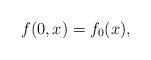
LaTeX: \begin{align*} f(0,x)=f_0 (x),\end{align*}